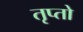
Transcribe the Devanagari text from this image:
तृप्तो